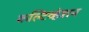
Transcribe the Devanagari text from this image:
कल्टिव्हेशन